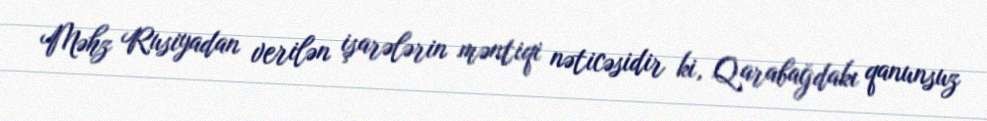
Məhz Rusiyadan verilən işarələrin məntiqi nəticəsidir ki, Qarabağdakı qanunsuz